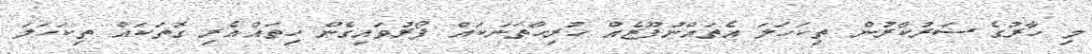
މި ހާރުގެ ސަރުކާރުން ތިކަހަލަ އެތައްނުފޫޒެއް ހުރިހާތަނަކައް ފޯރުވައިގެން ހިތައްއެރި ގޮތަކައް ތިކަހަލަ